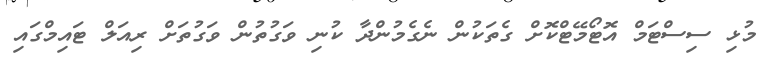
މުޅި ސިސްޓަމް އޮޓޯމޭޓްކޮށް ގެތަކުން ނެގެމުންދާ ކުނި ވަގުތުން ވަގުތަށް ރިއަލް ޓައިމްގައި